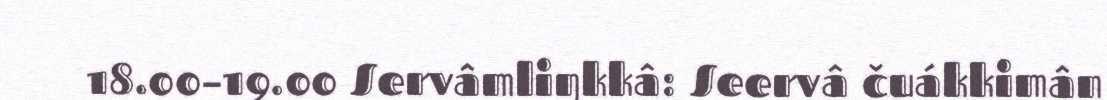
18.00–19.00 Servâmliŋkkâ: Seervâ čuákkimân